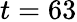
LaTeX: t=63